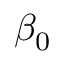
\beta _ { 0 }